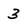
Character: 3